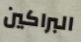
البراكين